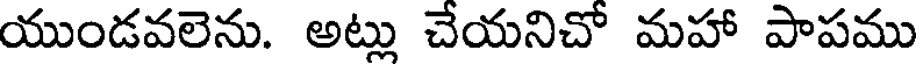
యుండవలెను. అట్లు చేయనిచో మహా పాపము